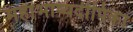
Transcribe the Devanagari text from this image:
महाभाष्यदीपिका